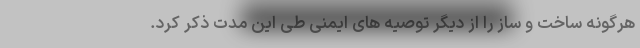
هرگونه ساخت و ساز را از دیگر توصیه های ایمنی طی این مدت ذکر کرد.